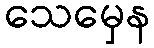
သေမှေန